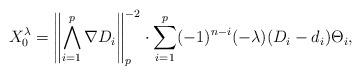
LaTeX: \begin{align*}X_{0}^{\lambda}=\left\| \bigwedge_{i=1}^{p} \nabla D_i\right\|_{p}^{-2}\cdot\sum_{i=1}^{p}(-1)^{n-i}(-\lambda)(D_i - d_i)\Theta_i, \end{align*}